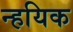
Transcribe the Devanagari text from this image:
न्हयिक